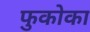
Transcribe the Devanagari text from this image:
फुकोका